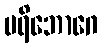
ပရိဘောဂေ